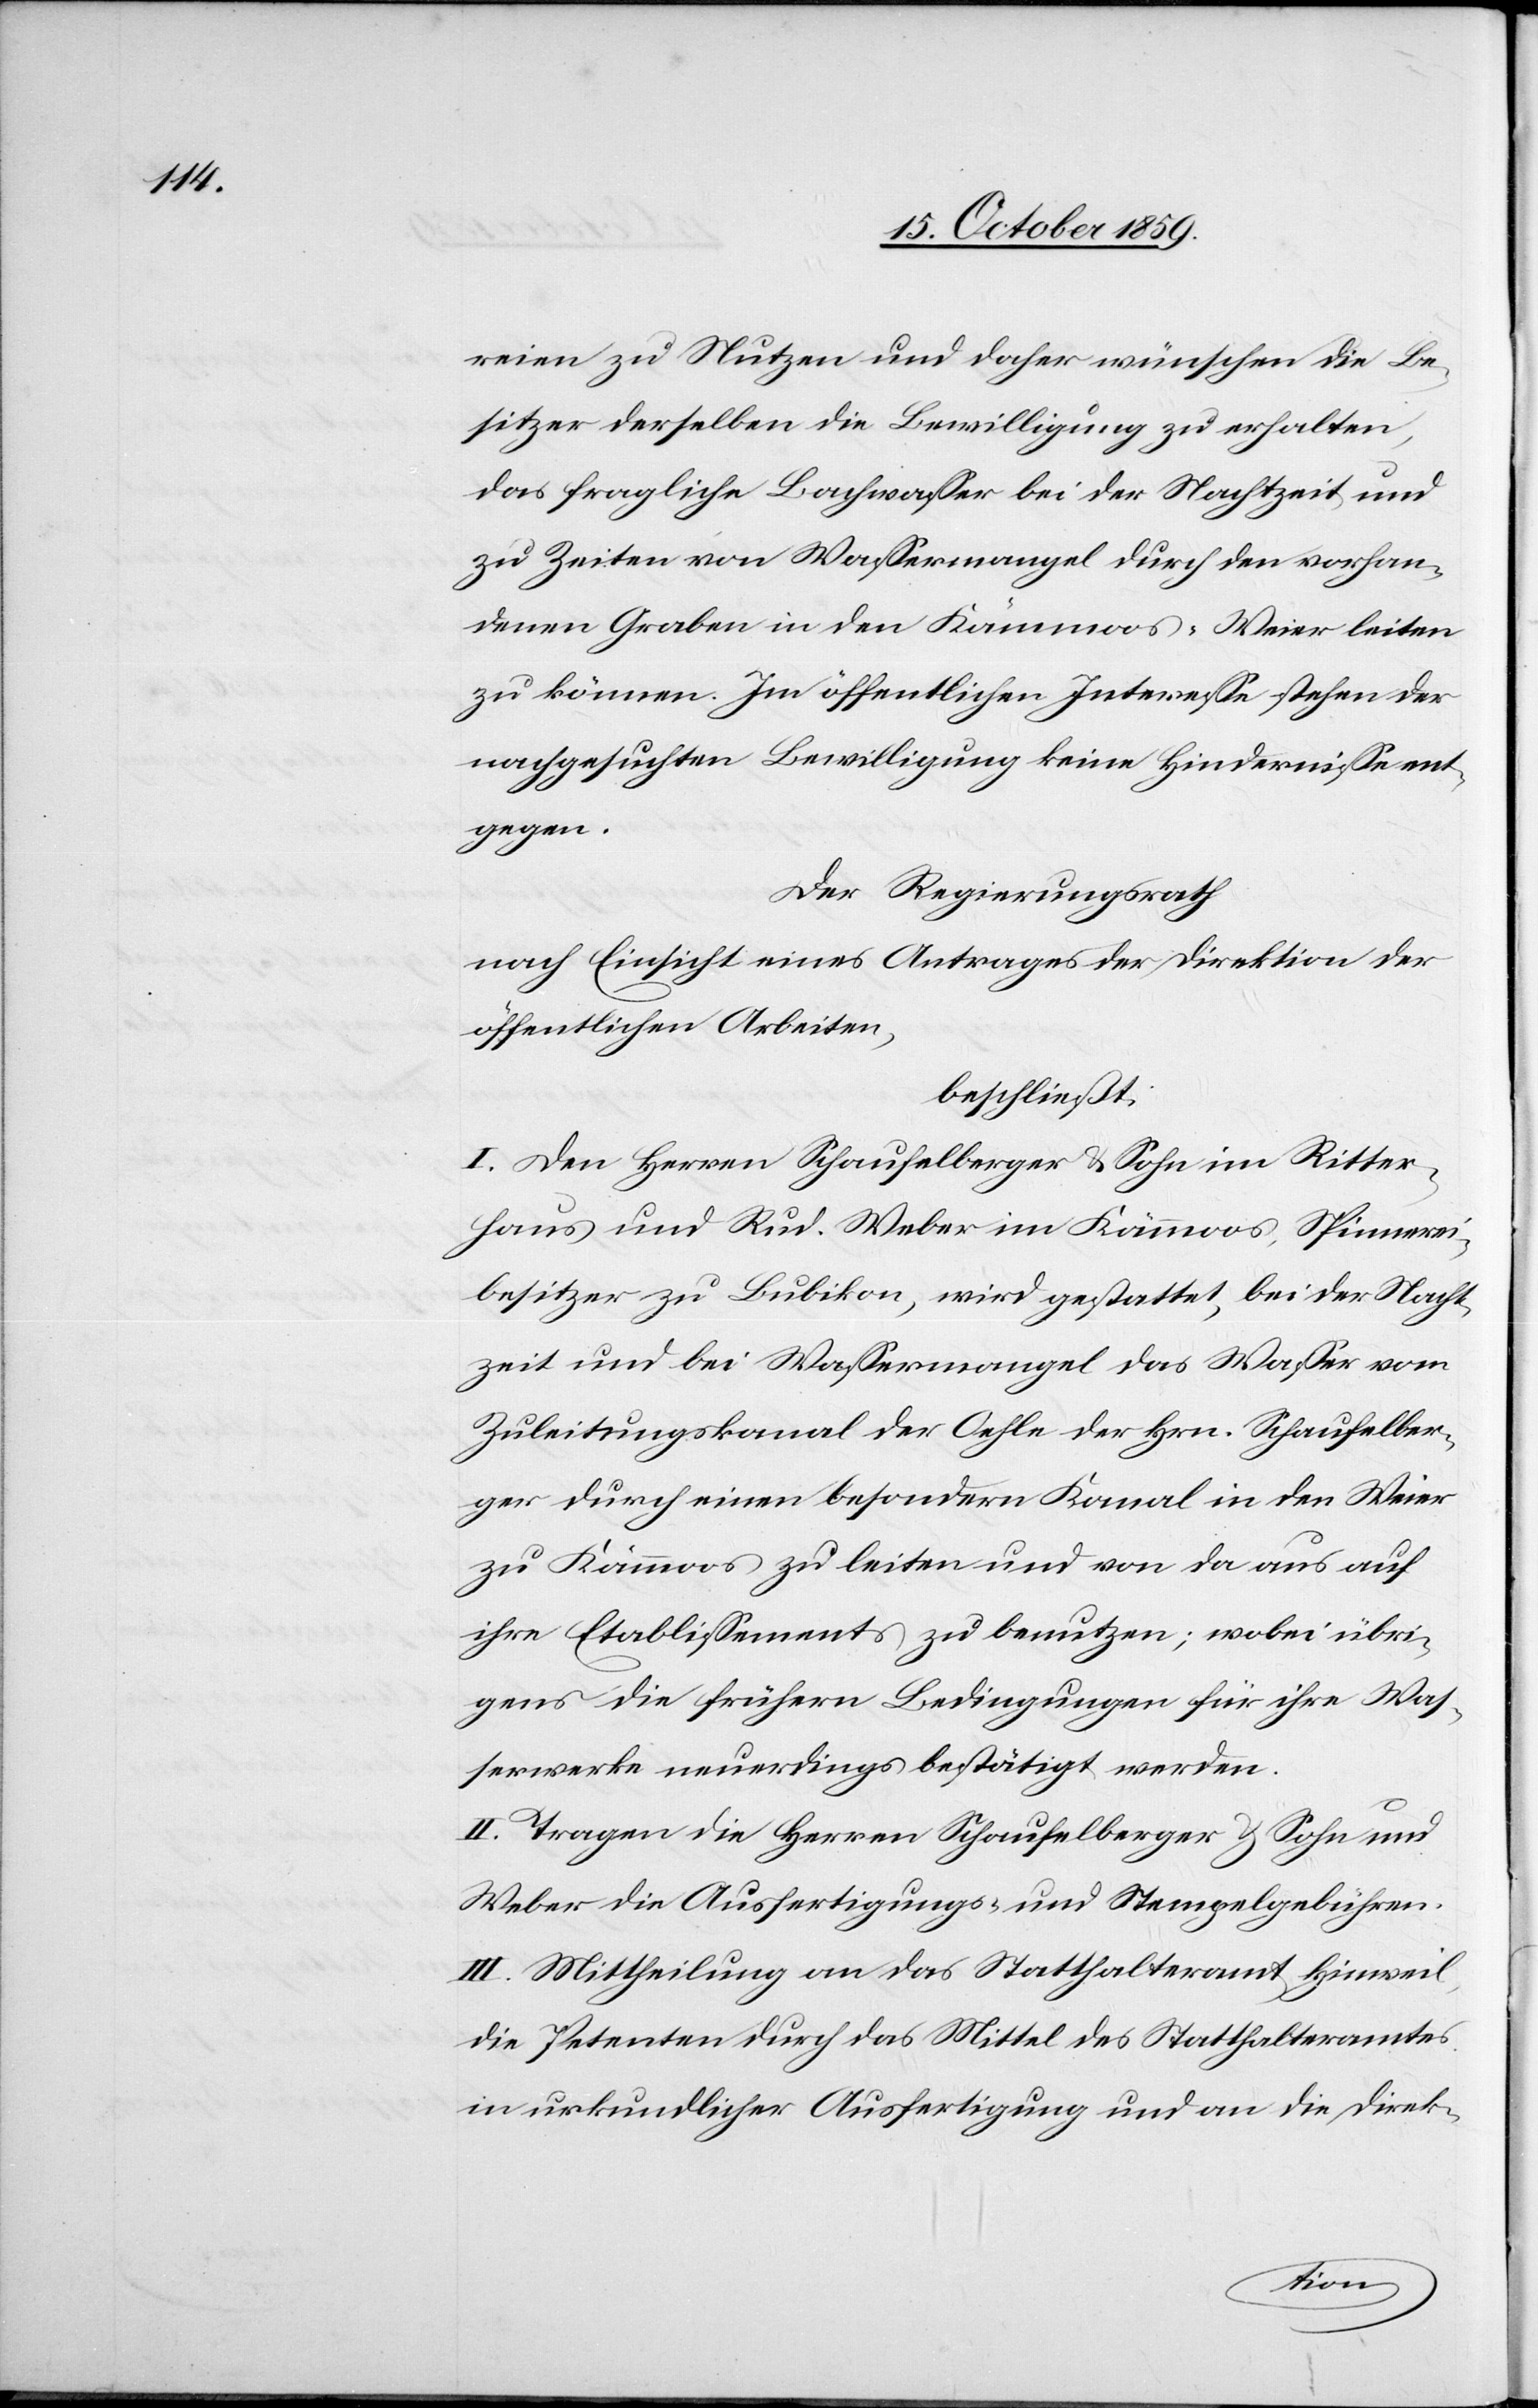
ereien zu Nutze und daher wünschen die Be¬
sitzer derselben die Bewilligung zu erhalten,
das fragliche Bachwasser bei der Nachtzeit und
zu Zeiten von Wassermangel durch den vorhan¬
denen Graben in den Kämmoos-Weier leiten
zu können. Im öffentlichen Interesse stehen der
nachgesuchten Bewilligung keine Hindernisse ent¬
gegen.
Der Regierungsrath
nach Einsicht eines Antrages der Direktion der
öffentlichen Arbeiten,
beschließt:
I. Den Herren Schaufelberger & Sohn im Ritter¬
haus und Rud. Weber im Kämoos [sic!], Spinnerei¬
besitzer zu Bubikon, wird gestattet, bei der Nacht¬
zeit und bei Wassermangel das Wasser vom
Zuleitungskanal der Oehle der Hrn. Schaufelber¬
ger durch einen besondern Kanal in den Weier
zu Kämoos zu leiten und von da aus auf
ihren Etablissements zu benutzen; wobei übri¬
gens die frühern Bedingungen für ihre Was¬
serwerke neuerdings bestätigt werden.
II. Tragen die Herren Schaufelberger & Sohn und
Weber die Ausfertigungs- und Stempelgebühren.
III. Mittheilung an das Statthalteramt Hinweil,
die Petenten durch das Mittel des Statthalteramtes
in urkundlicher Ausfertigung und an die Direk-